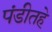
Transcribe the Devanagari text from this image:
पंडीतहे